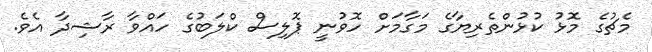
މެޗުގެ މޮޅު ކުޅުންތެރިޔާގެ މަގާމަށް ހޮވުނީ ޕޮލިސް ކްލަބުގެ ހައްވާ ރާޝިދާ އެވެ.